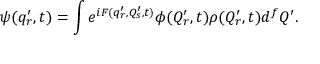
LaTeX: \psi ( q _ { r } ^ { \prime } , t ) = \int e ^ { i F ( q _ { r } ^ { \prime } , Q _ { s } ^ { \prime } , t ) } \phi ( Q _ { r } ^ { \prime } , t ) \rho ( Q _ { r } ^ { \prime } , t ) d ^ { f } Q ^ { \prime } .